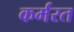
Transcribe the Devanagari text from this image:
कर्मरत